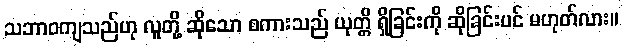
သဘာဝကျသည်ဟု လူတို့ ဆိုသော စကားသည် ယုတ္တိ ရှိခြင်းကို ဆိုခြင်းပင် မဟုတ်လား။